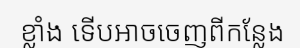
ខ្លាំង ទើបអាចចេញពីកន្លែង